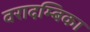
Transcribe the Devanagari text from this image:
वरादम्बिका